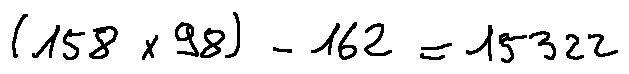
( 1 5 8 \times 9 8 ) - 1 6 2 = 1 5 3 2 2